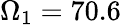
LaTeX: \Omega_{1}=70.6